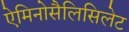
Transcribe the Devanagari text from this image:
ऐमिनोसैलिसिलेट